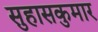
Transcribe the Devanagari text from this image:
सुहासकुमार